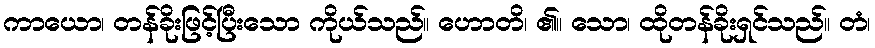
ကာယော၊ တန်ခိုးဖြင့်ပြီးသော ကိုယ်သည်။ ဟောတိ၊ ၏။ သော၊ ထိုတန်ခိုးရှင်သည်။ တံ၊